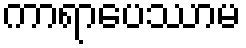
ကာရာပေဿာမ